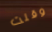
وقلت